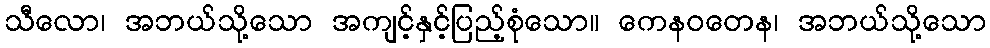
သီလော၊ အဘယ်သို့သော အကျင့်နှင့်ပြည့်စုံသော။ ကေနဝတေန၊ အဘယ်သို့သော